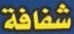
شفافة